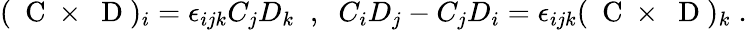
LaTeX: (\mathrm{~\mathbf~C~}\times\mathrm{~\mathbf~D~})_{i}=\epsilon_{ijk}C_{j}D_{k}\; \; ,\; \; C_{i}D_{j}-C_{j}D_{i}=\epsilon_{ijk}(\mathrm{~\mathbf~C~}\times\mathrm{~\mathbf~D~})_{k}\; .